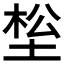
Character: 𰉹